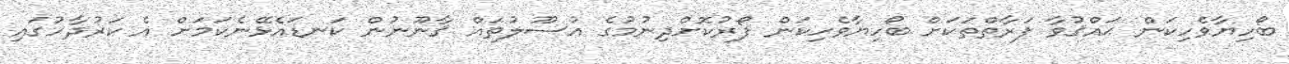
ބޯހިޔާވެހިކަން ޙައްޤުވާ ފަރާތްތަކަށް ބޯހިޔާވެހިކަން ފޯރުކޮށްދިނުމުގެ އުސޫލުތައް ޤާނޫނުން ކަނޑައެޅޭނެކަމަށް އެ ކަރުދާހުގައި